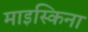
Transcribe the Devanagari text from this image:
माइस्किना